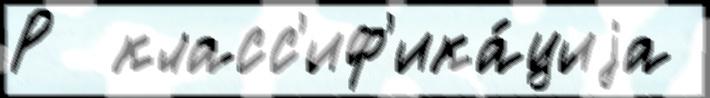
Р  класс'иф'ика́циjа